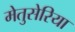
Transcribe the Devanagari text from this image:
मेतुसेरिया